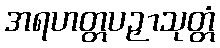
အရဟတ္တပဉှာသုတ္တံ